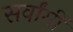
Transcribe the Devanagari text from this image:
सर्वांगीं